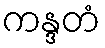
ကန္ဒတံ